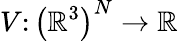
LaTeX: V\colon\left(\mathbb{R}^{3}\right)^{N}\rightarrow\mathbb{R}